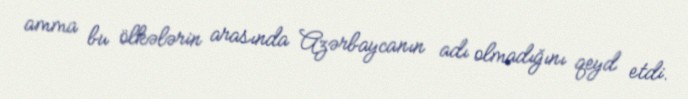
amma bu ölkələrin arasında Azərbaycanın adı olmadığını qeyd etdi.